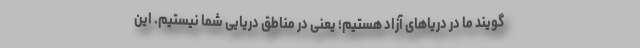
گویند ما در دریاهای آزاد هستیم؛ یعنی در مناطق دریایی شما نیستیم. این